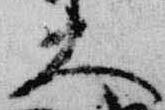
大